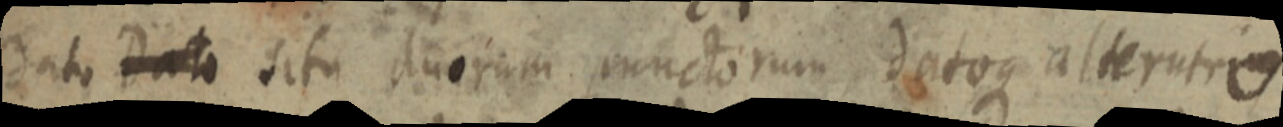
dato Dato dito duorum munctorum detou alter utro